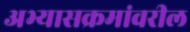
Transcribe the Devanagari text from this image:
अभ्यासक्रमांवरील